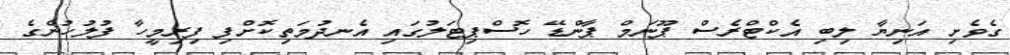
ގެވެށި އަނިޔާ ލިބި އެކްޓްރެސް ޕޫނަމް ޕާންޑޭ ހޮސްޕިޓަލުގައި އެނދުމަތިކޮށްފި ފިރިމީހާ ފުލުހުންގެ